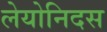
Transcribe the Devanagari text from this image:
लेयोनिदस